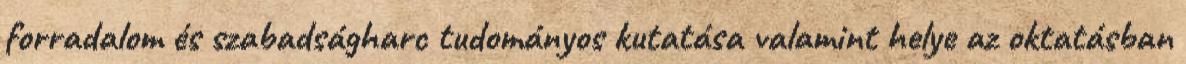
forradalom és szabadságharc tudományos kutatása valamint helye az oktatásban